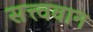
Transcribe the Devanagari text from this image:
सत्त्ववान